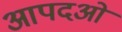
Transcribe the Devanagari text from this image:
आपदओं